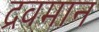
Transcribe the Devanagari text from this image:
द्रवमान